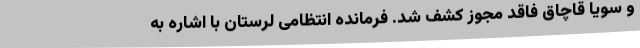
و سویا قاچاق فاقد مجوز کشف شد. فرمانده انتظامی لرستان با اشاره به